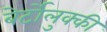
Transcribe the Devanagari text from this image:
बेर्टोलुक्की